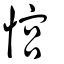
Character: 𢞏